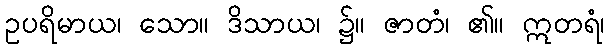
ဥပရိမာယ၊ သော။ ဒိသာယ၊ ၌။ ဇာတံ၊ ၏။ ဣတရံ၊